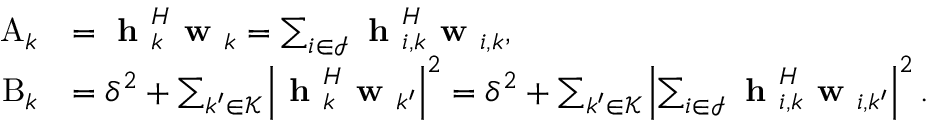
\begin{array} { r l } { \mathrm { A } _ { k } } & { = { \textbf { h } } _ { k } ^ { H } { \textbf { w } } _ { k } = \sum _ { i \in \mathcal { I } } { \textbf { h } } _ { i , k } ^ { H } \textbf { w } _ { i , k } , } \\ { \mathrm { B } _ { k } } & { = \delta ^ { 2 } + \sum _ { k ^ { \prime } \in \mathcal { K } } \left| { \textbf { h } } _ { k } ^ { H } \textbf { w } _ { k ^ { \prime } } \right| ^ { 2 } = \delta ^ { 2 } + \sum _ { k ^ { \prime } \in \mathcal { K } } \left| \sum _ { i \in \mathcal { I } } { \textbf { h } } _ { i , k } ^ { H } \textbf { w } _ { i , k ^ { \prime } } \right| ^ { 2 } . } \end{array}